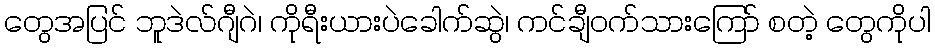
တွေအပြင် ဘူဒဲလ်ဂျီဂဲ၊ ကိုရီးယားပဲခေါက်ဆွဲ၊ ကင်ချီဝက်သားကြော် စတဲ့ တွေကိုပါ